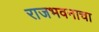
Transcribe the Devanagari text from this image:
राजभवनाचा